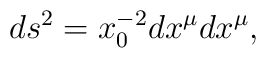
ds^2 = x_0^{-2} dx^\mu dx^\mu,